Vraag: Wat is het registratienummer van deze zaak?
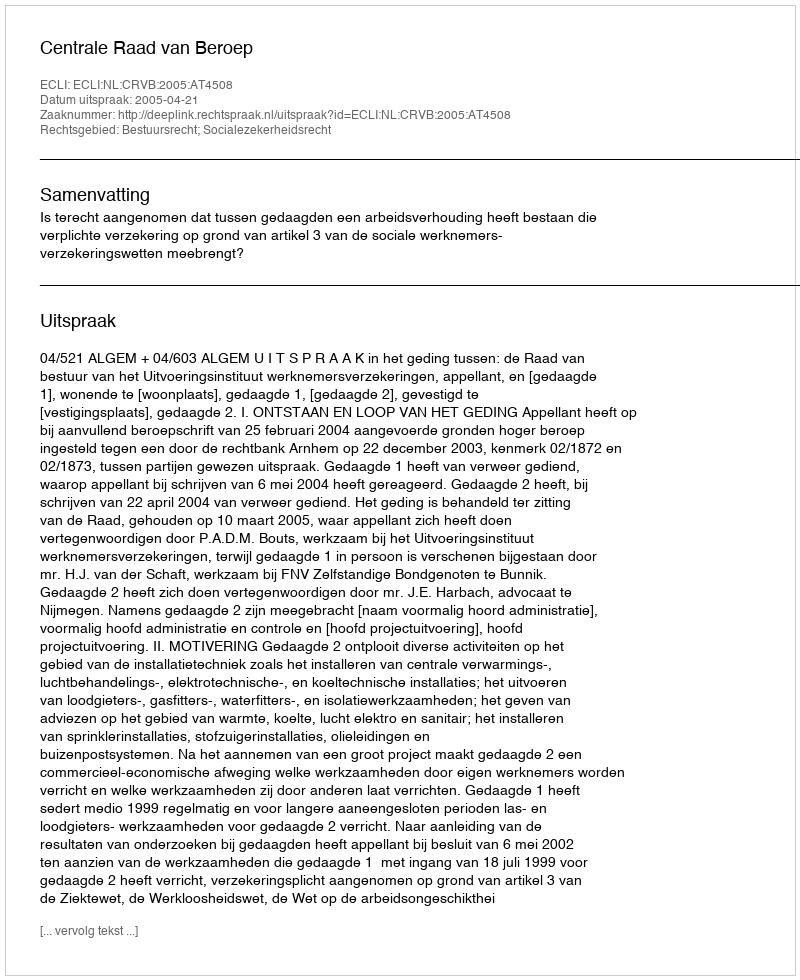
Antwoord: http://deeplink.rechtspraak.nl/uitspraak?id=ECLI:NL:CRVB:2005:AT4508